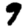
Digit: 9